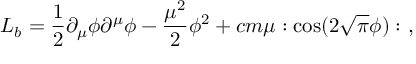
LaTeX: { \cal L } _ { b } = { \frac { 1 } { 2 } } \partial _ { \mu } \phi \partial ^ { \mu } \phi - { \frac { \mu ^ { 2 } } { 2 } } \phi ^ { 2 } + c m \mu : \cos ( 2 \sqrt { \pi } \phi ) : \ ,